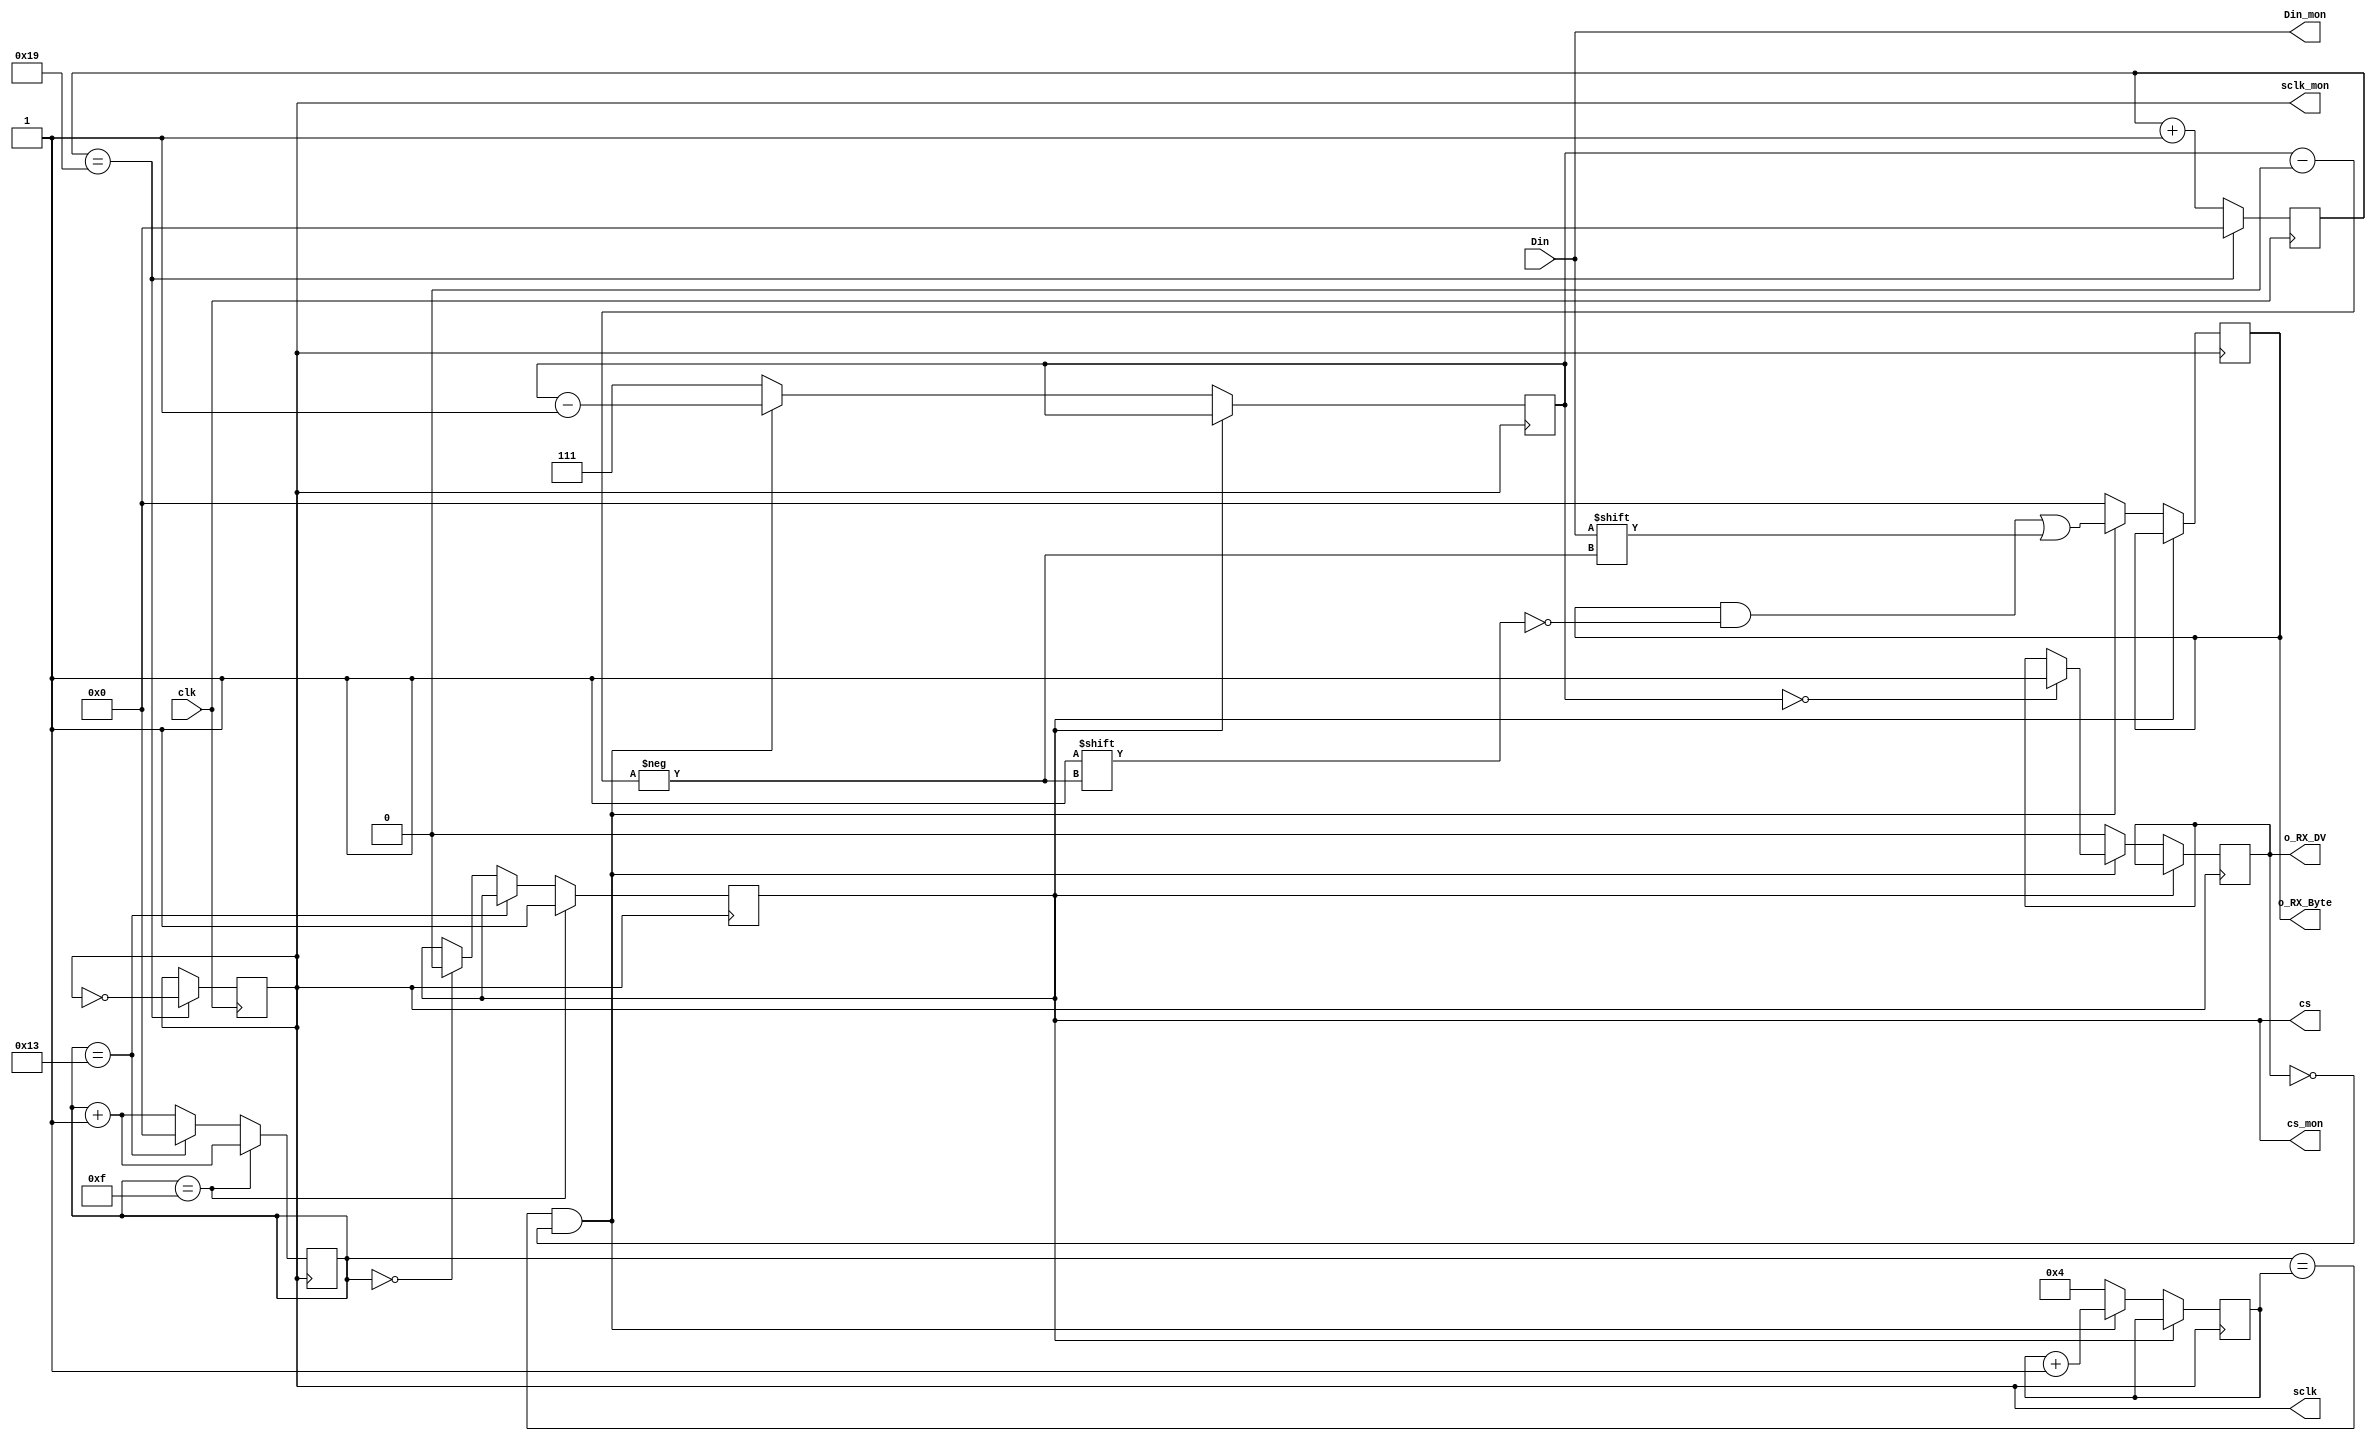
`timescale 1ns / 1ps

// Module: SPI Interface

module spi_interface(
    input clk,
    input Din,
    output reg sclk,
    output reg cs,
    output [7:0] o_RX_Byte,
    output wire cs_mon,
    output wire sclk_mon,
    output wire Din_mon,
    output wire o_RX_DV
    );
   
    reg [7:0] data_counter;             // Free running counter till 20, to time CS 
    reg [7:0] clk_div;                  // Clock divider to prescale 100 MHz FPGA clock to 1.92 MHz SPI Clock
    reg [7:0] r_RX_Byte = 8'b0000_0000; // MISO: Received 1 byte of data from PMOD_ALS
    reg r_RX_DV = 1'b0;                 // MISO: After receiving valid 1 byte data, this bit is set for 1 clock cycle
    reg [2:0] r_RX_Bit_Count = 3'b111;  // MISO: 3 positions to count from 0 to 7 in the received 1 byte serial data
    reg [3:0] internal_counter;         // Internal counter to time the data transfer
    
////////////////////////////////////////////////////////////////////////////////////////////////////
    // Monitoring on Oscilloscope
///////////////////////////////////////////////////////////////////////////////////////////////////
    assign cs_mon = cs;
    assign sclk_mon = sclk;
    assign Din_mon = Din;
    
    // Initialization
    initial begin
        data_counter = 8'd0; // 4-bit counter to time the data transfer b/w ADC - SPI
        sclk = 1'b1;
        cs = 1'b1;      // Start with CS - High
        clk_div = 8'd0; // 8-bit counter for clock divider
    end
    
/////////////////////////////////////////////////////////////////////////////////////////////////   
    // Clock divider: Generate SCLK for SPI
    // 100MHz clock input is presclaed to 2Mhz (as per the requirement from the PMOD_ALS
////////////////////////////////////////////////////////////////////////////////////////////////
    always @(posedge clk) begin
        if(clk_div == 8'd25) begin
            clk_div <= 8'd0;
            sclk <= ~sclk;
        end
        else
            clk_div <= clk_div + 8'd1;
    end    
    
/////////////////////////////////////////////////////////////////////////////////////////////////
    // 8- bit counter to time the ADC conversion and data transfer over SPI
////////////////////////////////////////////////////////////////////////////////////////////////
    always @(negedge sclk) begin
        if(data_counter == 8'd15) begin
            cs <= 1'd1;
            data_counter <= data_counter + 1;
        end
        else if(data_counter == 8'd19) begin
            data_counter <= 8'd0;
            //data_counter <= data_counter + 1;
            end
            
        else if(data_counter == 8'd0) begin
            cs <= 1'd0;
            data_counter <= data_counter + 1;
            end
        else
            data_counter <= data_counter + 1;
        end

/////////////////////////////////////////////////////////////////////////////////////////////
      // Purpose: Read in SDO data.
////////////////////////////////////////////////////////////////////////////////////////////
    always @(negedge sclk) begin
    if((cs == 1'b0)) begin
        if ((data_counter == internal_counter) & (r_RX_DV == 1'b0)) begin
              r_RX_Byte[r_RX_Bit_Count] <= Din;  // Sample data
              r_RX_Bit_Count            <= r_RX_Bit_Count - 1;
              internal_counter = internal_counter + 16'd1;
              if (r_RX_Bit_Count == 3'b000)
                    r_RX_DV   <= 1'b1;   // Byte done, pulse Data Valid
        end
        else begin
                    // Default Assignments
            r_RX_DV   <= 1'b0;
            r_RX_Bit_Count <= 3'b111;
            internal_counter <= 16'd4;
            r_RX_Byte <= 8'd0;
         end
        end
    end
 
      assign o_RX_DV = r_RX_DV;
      assign o_RX_Byte = r_RX_Byte;

endmodule